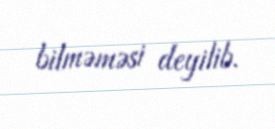
bilməməsi deyilib.